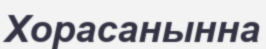
Хорасанынна